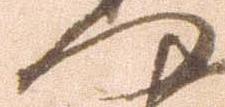
門